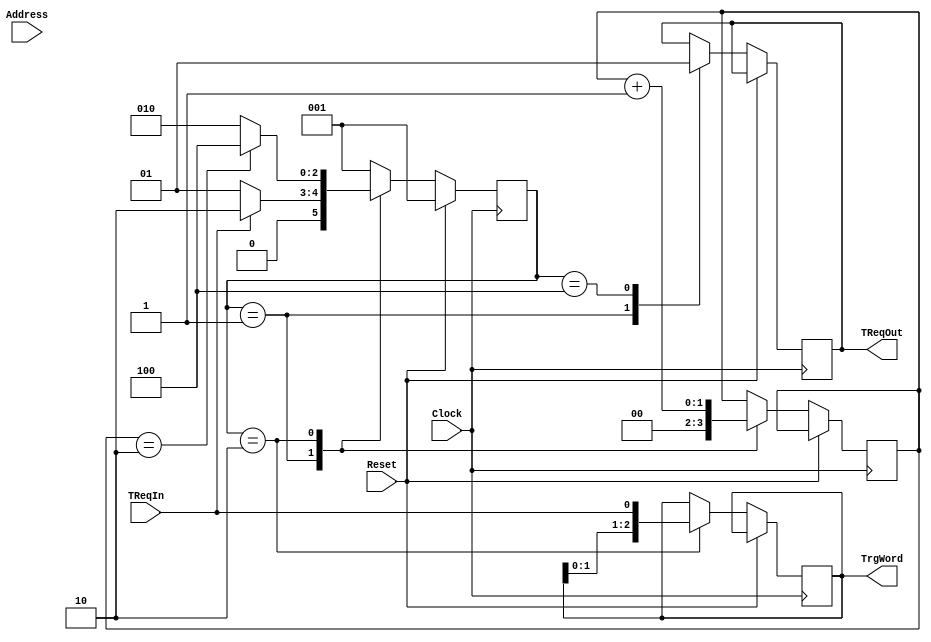
// Receive the trigger primitive, including bit pattern, from an energy detector board.
// R. Johnson  4/15/2016
module RcvEnrgTrg(Clock, Reset, TReqIn, TReqOut, TrgWord, Address);

input Clock;
input Reset;
input TReqIn;
output TReqOut;
output [2:0] TrgWord;
input Address;

reg [2:0] TrgWord;
reg TReqOut;

parameter [2:0] Wait=3'b001;
parameter [2:0] Inpt=3'b010;
parameter [2:0] Done=3'b100;

reg [2:0] State, NextState;
reg [1:0] Cnt;

always @ (State or Cnt or TReqIn) begin
    case (State)
	    Wait: begin
		          if (TReqIn) NextState = Inpt;
				  else NextState = Wait;
		      end
	    Inpt: begin
		          if (Cnt == 2) NextState = Done;
				  else NextState = Inpt;
		      end
		Done: begin
		          NextState = Wait;
		      end
	    default: begin
		             NextState = Wait;
		         end
	endcase
end

always @ (posedge Clock) begin
    if (Reset) begin
	    State <= Wait;
	end else begin
	    State <= NextState;
		if (State != Wait || (TReqIn | TReqOut)) $display("%g\t RcvEnrgTrg %b: State=%b, Cnt=%d, TReqIn=%b, TrgWord=%b, TReqOut=%b",$time,Address,State,Cnt,TReqIn,TrgWord,TReqOut);
		case (State)
		    Wait: begin
			          Cnt <= 0;
					  TReqOut <= 1'b0;
			      end
			Inpt: begin
			          Cnt <= Cnt + 1;
					  TrgWord <= {TrgWord[1:0],TReqIn};
			      end
			Done: begin
			          TReqOut <= 1'b1;
			      end
		endcase
    end
end

endmodule